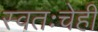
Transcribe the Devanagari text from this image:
स्वतःचेही